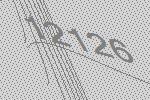
12126